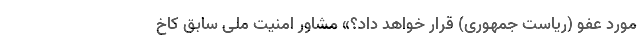
مورد عفو (ریاست جمهوری) قرار خواهد داد؟» مشاور امنیت ملی سابق کاخ